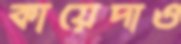
কায়েদাও